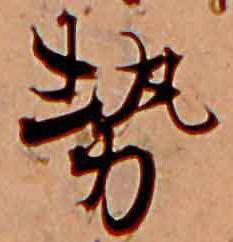
勢